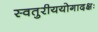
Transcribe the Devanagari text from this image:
स्वतुरीययोगादक्षः